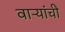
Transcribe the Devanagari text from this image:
वाऱ्यांची